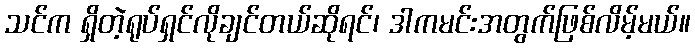
သင်က ရှိတဲ့ရုပ်ရှင်လိုချင်တယ်ဆိုရင်၊ ဒါကမင်းအတွက်ဖြစ်လိမ့်မယ်။